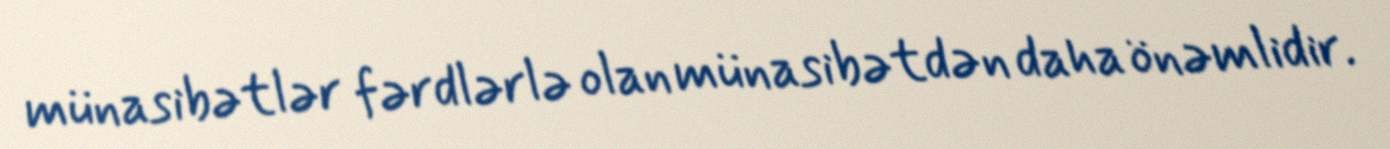
münasibətlər fərdlərlə olan münasibətdən daha önəmlidir.